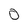
Character: 0